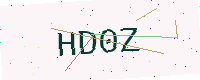
Text: HD0Z